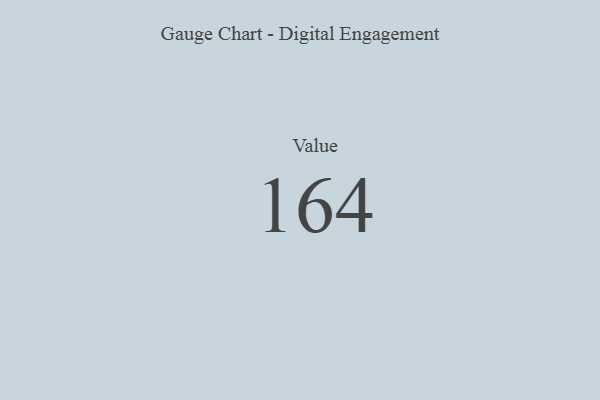
{"axis": {"x": "Metric", "y": "Value"}, "legend": [""], "data": [{"x": "Value", "y": 164, "type": ""}]}